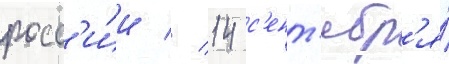
росс'и́и // 14 с'ент'ябр'я́